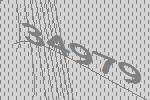
34979